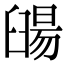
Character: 䑗